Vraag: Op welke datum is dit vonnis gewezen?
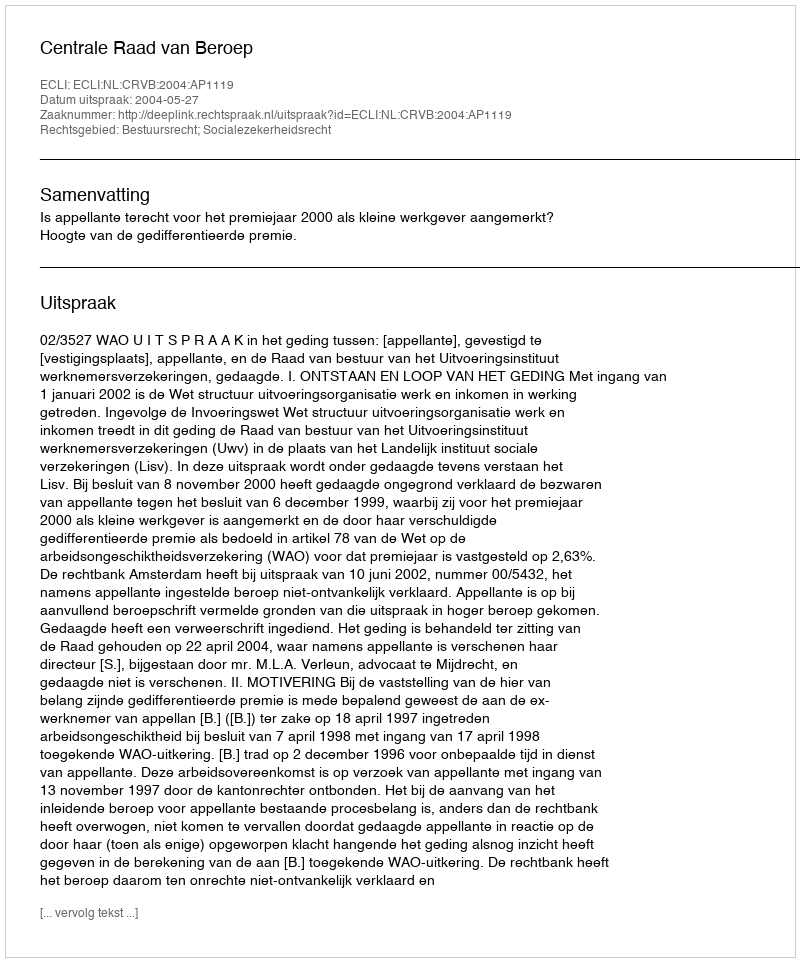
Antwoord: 2004-05-27